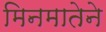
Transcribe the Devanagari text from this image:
मिनमातेने